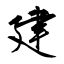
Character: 建